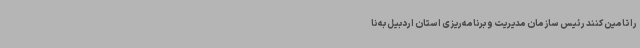
را تامین کنند رئیس سازمان مدیریت و برنامه‌ریزی استان اردبیل به نا